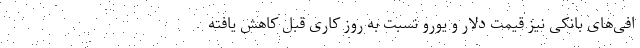
افی‌های بانکی نیز قیمت‌ دلار و یورو نسبت به روز کاری قبل کاهش یافته